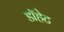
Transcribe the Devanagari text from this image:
डॉहेट